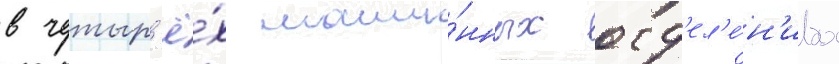
в четыр'ё́х маши́нных отд'ел'е́н'иах